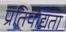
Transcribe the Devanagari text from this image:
प्रतिपाद्यता